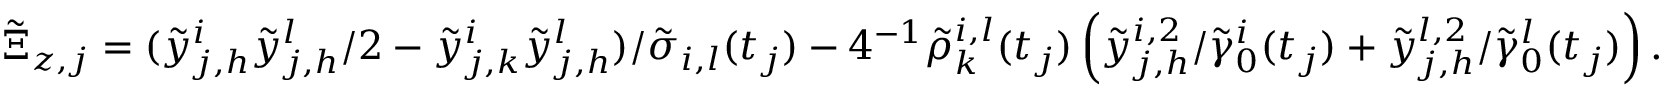
\begin{array} { r } { \tilde { \Xi } _ { z , j } = ( \tilde { y } _ { j , h } ^ { i } \tilde { y } _ { j , h } ^ { l } / 2 - \tilde { y } _ { j , k } ^ { i } \tilde { y } _ { j , h } ^ { l } ) / \tilde { \sigma } _ { i , l } ( t _ { j } ) - 4 ^ { - 1 } \tilde { \rho } _ { k } ^ { i , l } ( t _ { j } ) \left( \tilde { y } _ { j , h } ^ { i , 2 } / \tilde { \gamma } _ { 0 } ^ { i } ( t _ { j } ) + \tilde { y } _ { j , h } ^ { l , 2 } / \tilde { \gamma } _ { 0 } ^ { l } ( t _ { j } ) \right) . } \end{array}